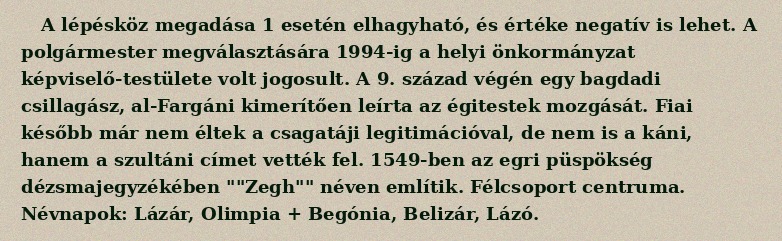
A lépésköz megadása 1 esetén elhagyható, és értéke negatív is lehet. A polgármester megválasztására 1994-ig a helyi önkormányzat képviselő-testülete volt jogosult. A 9. század végén egy bagdadi csillagász, al-Fargáni kimerítően leírta az égitestek mozgását. Fiai később már nem éltek a csagatáji legitimációval, de nem is a káni, hanem a szultáni címet vették fel. 1549-ben az egri püspökség dézsmajegyzékében ""Zegh"" néven említik. Félcsoport centruma. Névnapok: Lázár, Olimpia + Begónia, Belizár, Lázó.